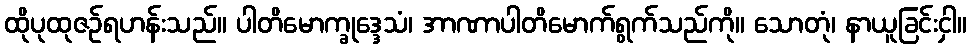
ထိုပုထုဇဉ်ရဟန်းသည်။ ပါတိမောက္ခုဒ္ဒေသံ၊ အာဏာပါတိမောက်ရွက်သည်ကို။ သောတုံ၊ နာယူခြင်းငှါ။